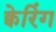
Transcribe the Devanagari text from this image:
क्वेरिंग